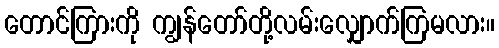
တောင်ကြားကို ကျွန်တော်တို့လမ်းလျှောက်ကြမလား။